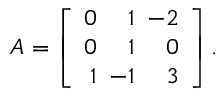
A = \left[ { \begin{array} { r r r } { 0 } & { 1 } & { \! \! \! - 2 } \\ { 0 } & { 1 } & { 0 } \\ { 1 } & { \! \! \! - 1 } & { 3 } \end{array} } \right] .